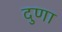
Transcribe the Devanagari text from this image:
दुणा